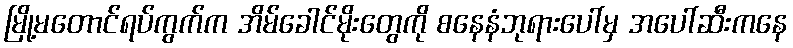
မြို့မတောင်ရပ်ကွက်က အိမ်ခေါင်မိုးတွေကို စနေနံဘုရားပေါ်မှ အပေါ်ဆီးကနေ